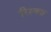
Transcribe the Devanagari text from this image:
रिस्क्स